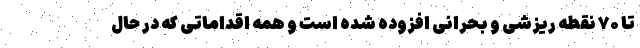
تا ۷۰ نقطه ریزشی و بحرانی افزوده شده است و همه اقداماتی که در حال